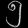
Digit: ၅